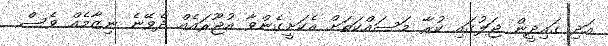
އަދި ގައިދީން ޖަލުގައި ކުރާ މަސައްކަތަށް އެކަށީގެންވާ އުޖޫރައެއް ދެވޭނެ ނިޒާމެއް ވެސް